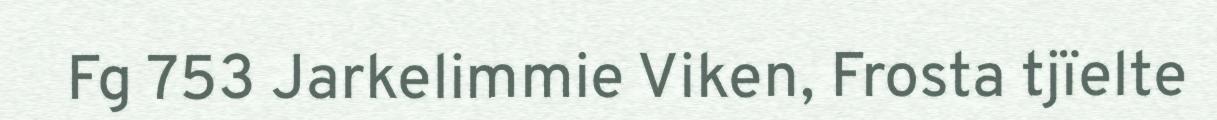
Fg 753 Jarkelimmie Viken, Frosta tjïelte